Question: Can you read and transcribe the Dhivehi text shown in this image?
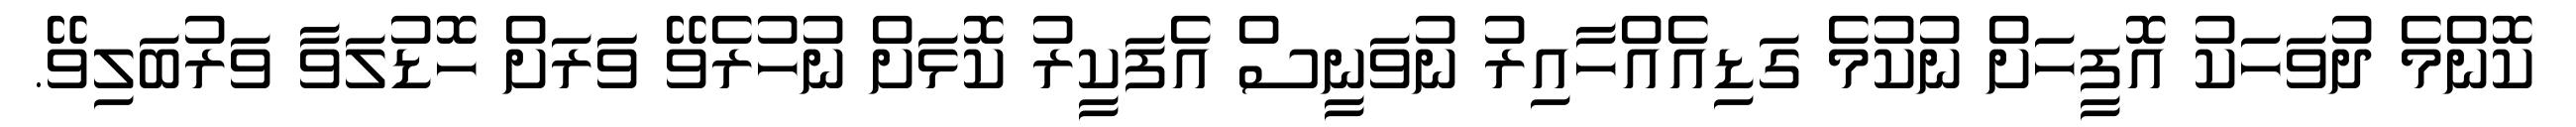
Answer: ކޮންމެ ދުވަހަކު އޮފީހަށް ނުކުމެ ގަޑިއެއްހާއިރު ނުވަނީސް އެފަކީރު ކޮޅަށް ނުހުރެވޭ ވަަރަށް ހޮޑުލަވާ ވަރުބަލިވޭ.